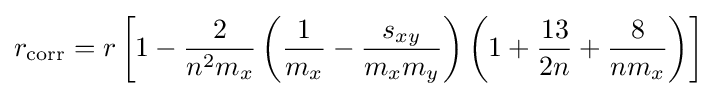
r_{\mathrm {corr} }=r\left[1-{\frac {2}{n^{2}m_{x}}}\left({\frac {1}{m_{x}}}-{\frac {s_{xy}}{m_{x}m_{y}}}\right)\left(1+{\frac {13}{2n}}+{\frac {8}{nm_{x}}}\right)\right]